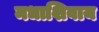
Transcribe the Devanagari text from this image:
मधाशिवाय